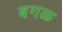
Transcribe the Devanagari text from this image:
बगळ